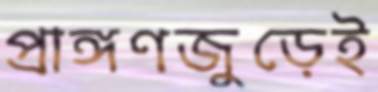
প্রাঙ্গণজুড়েই